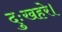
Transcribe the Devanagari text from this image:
दुःखहरे।